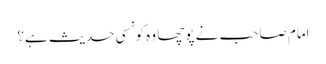
امام صاحب نے پوچھا وہ کونسی حدیث ہے؟